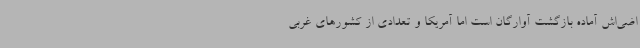
اضی‌اش آماده بازگشت آوارگان است اما آمریکا و تعدادی از کشورهای غربی